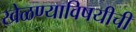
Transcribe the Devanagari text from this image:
खेळण्याविषयीची